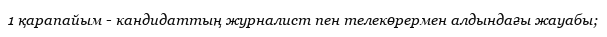
1 қарапайым - кандидаттың журналист пен телекөрермен алдындағы жауабы;